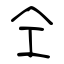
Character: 仝